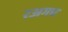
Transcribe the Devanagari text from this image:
रअगच